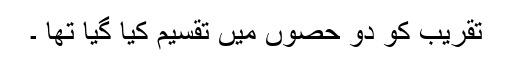
تقریب کو دو حصوں میں تقسیم کیا گیا تھا ۔